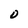
Character: D